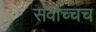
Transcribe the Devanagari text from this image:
सर्वोच्चच